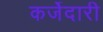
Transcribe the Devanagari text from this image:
कर्जेदारी